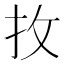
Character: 𢪛